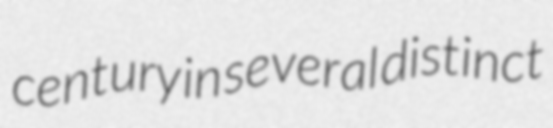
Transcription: century in several distinct